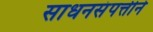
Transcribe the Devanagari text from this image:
साधनसंपत्तीने